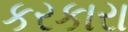
કરકારા